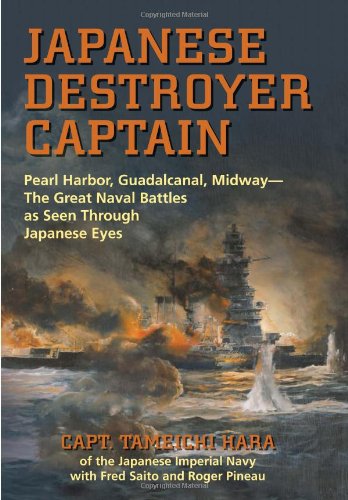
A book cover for Japanese Destroyer Captain: Pearl Harbor, Guadalcanal, Midway - The Great Naval Battles as Seen Through Japanese Eyes; Capt. Tameichi Hara; Biographies & Memoirs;